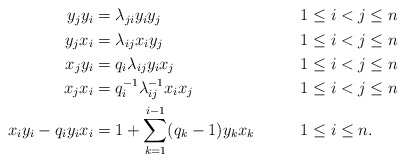
\begin{align*}\begin{aligned}y_jy_i&={\lambda}_{ji}y_iy_j&& 1\leq i<j\leq n\\y_jx_i&={\lambda}_{ij}x_iy_j&&1\leq i<j\leq n\\x_jy_i&={q}_i{\lambda}_{ij}y_ix_j&&1\leq i<j\leq n\\x_jx_i&={q}_{i}^{-1}{\lambda}_{ij}^{-1}x_ix_j&&1\leq i<j\leq n\\x_iy_i-{q}_iy_ix_i&=1+\sum_{k=1}^{i-1}(q_k-1)y_kx_k&\qquad& 1\leq i\leq n.\end{aligned}\end{align*}